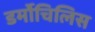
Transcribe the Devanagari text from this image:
डर्मोचिलिस